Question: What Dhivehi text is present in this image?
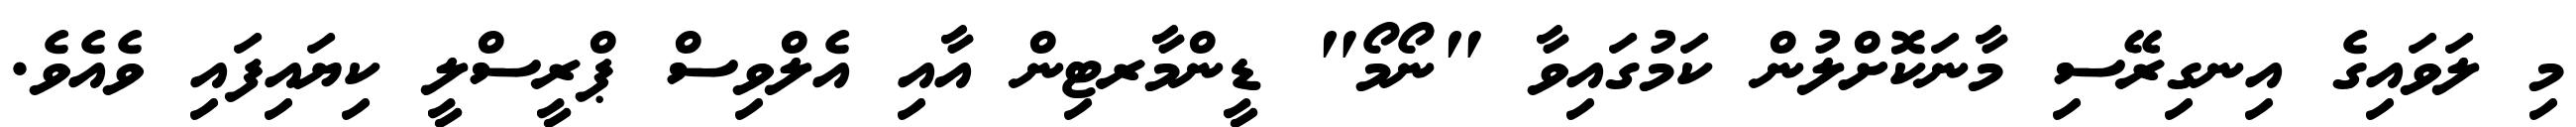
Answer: މި ލަވައިގެ އިނގިރޭސި މާނަކޮށްލުން ކަމުގައިވާ "ނޯމޯ" ޑީންމާރޓިން އާއި އެލްވިސް ޕްރީސްލީ ކިޔައިފައި ވެއެވެ.